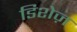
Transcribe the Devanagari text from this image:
डिशेज़